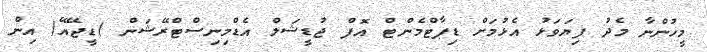
މީހުންނާ މެދު ފިޔަވަޅު އެޅުމަށް ޑިޕާޓްމެންޓް އޮފް ޖުޑީޝަލް އެޑްމިނިސްޓްރޭޝަން )ޑީޖޭއޭ( އިން